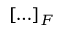
[ \ldots ] _ { F }